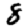
Digit: 8